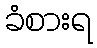
ခံစားရ